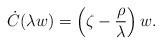
LaTeX: \begin{align*}\dot{C}(\lambda w)=\left(\zeta-\frac{\rho}{\lambda}\right)w.\end{align*}